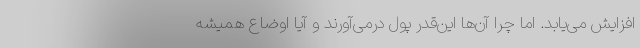
افزایش می‌یابد. اما چرا آن‌ها این‌قدر پول درمی‌آورند و آیا اوضاع همیشه